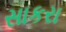
સાકરા